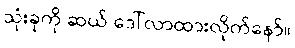
သုံးခုကို ဆယ် ဒေါ်လာထားလိုက်နော်။